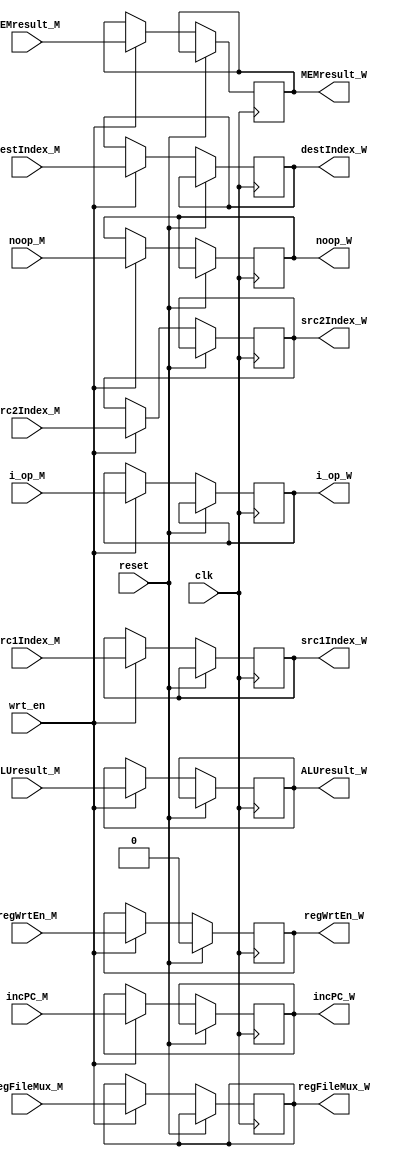
module MWBuffer(
	clk,
	reset,
	wrt_en,

	//input data
	incPC_M,
	src1Index_M,
	src2Index_M,
	ALUresult_M,
	MEMresult_M,
	destIndex_M,
	i_op_M,
	
	//input signals
	regFileMux_M,
	regWrtEn_M,
	
	//output data
	incPC_W,
	src1Index_W,
	src2Index_W,
	ALUresult_W,
	MEMresult_W,
	destIndex_W,
	i_op_W,
	
	//output signals
	regFileMux_W,
	regWrtEn_W,

	//new additions
	noop_M,
	noop_W
	// pc_sel_M,
	// pc_sel_W,
	);

	parameter DBITS = 32;
	parameter REGNO = 4;
	parameter OPNO = 4;

	//new additions
	input noop_M;
	output reg noop_W;
	// input[1:0] pc_sel_M;
	// output reg[1:0] pc_sel_W;

	input clk, reset, wrt_en;

	input [DBITS - 1 : 0] incPC_M, ALUresult_M, MEMresult_M;
	output reg [DBITS - 1 : 0] incPC_W, ALUresult_W, MEMresult_W;

	input [OPNO - 1 : 0] i_op_M;
	output reg [OPNO - 1 : 0] i_op_W;

	input [REGNO - 1 : 0] src1Index_M, src2Index_M, destIndex_M;
	output reg [REGNO - 1 : 0] src1Index_W, src2Index_W, destIndex_W;

	input regWrtEn_M; 
	output reg regWrtEn_W; 

	input [1 : 0] regFileMux_M;
	output reg [1 : 0] regFileMux_W;

	always @(posedge clk) begin
		//MIGHT NEED TO CHANGE
		if (reset) begin
			// memWrtEn_W <= 1'b0;
			regWrtEn_W <= 1'b0;
		end		

		else if (wrt_en) begin
			incPC_W <= incPC_M;
			ALUresult_W <= ALUresult_M;
			MEMresult_W <= MEMresult_M;

			i_op_W <= i_op_M;

			src1Index_W <= src1Index_M;
			src2Index_W <= src2Index_M;
			destIndex_W <= destIndex_M;

			regWrtEn_W <= regWrtEn_M;

			regFileMux_W <= regFileMux_M;

			//new addtions
			noop_W <= noop_M;
			// pc_sel_W <= pc_sel_M;
		end
	end
endmodule